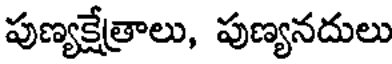
పుణ్యక్షేత్రాలు, పుణ్యనదులు